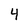
Character: 4